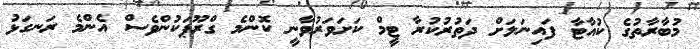
މުބާރާތުގެ ކުއާޓާ ފައިނަލަށް ދަތުރުކުރާ ޓީމް ކަށަވަރުވާނީ ކޮންމެ ގްރޫޕަކުންވެސް އެންމެ ރަނގަޅު